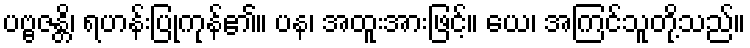
ပဗ္ဗဇန္တိ၊ ရဟန်းပြုကုန်၏။ ပန၊ အထူးအားဖြင့်။ ယေ၊ အကြင်သူတို့သည်။